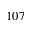
1 0 7